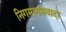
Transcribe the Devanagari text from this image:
निगमागमवादा